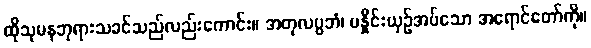
ထိုသုမနဘုရားသခင်သည်လည်းကောင်း။ အတုလပ္ပဘံ၊ မနှိုင်းယှဉ်အပ်သော အရောင်တော်ကို။